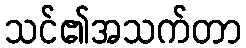
သင်၏အသက်တာ